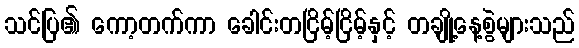
သင်ပြ၏ ကော့တက်ကာ ခေါင်းတငြိမ့်ငြိမ့်နှင့် တချို့နေ့စွဲများသည်